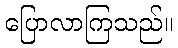
ပြောလာကြသည်။